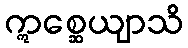
ဣစ္ဆေယျာသိ